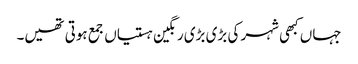
جہاں کبھی شہر کی بڑی بڑی رنگین ہستیاں جمع ہوتی تھیں۔